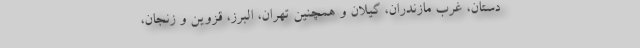
دستان، غرب مازندران، گیلان و همچنین تهران، البرز، قزوین و زنجان،